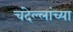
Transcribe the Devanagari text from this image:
चंदेल्लांच्या